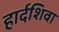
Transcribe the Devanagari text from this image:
हार्दशिवा